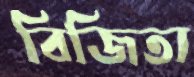
বিজিতা